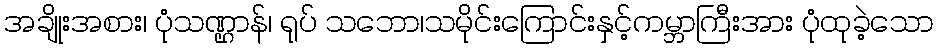
အချိုးအစား၊ ပုံသဏ္ဌာန်၊ ရုပ် သဘော၊သမိုင်းကြောင်းနှင့်ကမ္ဘာကြီးအား ပုံထုခဲ့သော